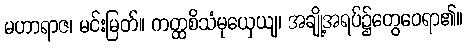
မဟာရာဇ၊ မင်းမြတ်။ ကတ္ထစိသံမုယှေယျ၊ အချို့အရပ်၌တွေဝေရာ၏။